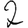
Digit: 2